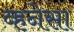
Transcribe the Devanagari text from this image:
व्हनेसा